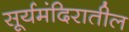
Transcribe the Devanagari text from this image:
सूर्यमंदिरातील